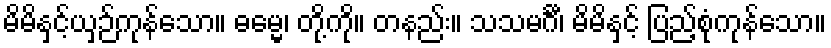
မိမိနှင့်ယှဉ်ကုန်သော။ ဓမ္မေ၊ တို့ကို။ တနည်း။ သသမင်္ဂီ၊ မိမိနှင့် ပြည့်စုံကုန်သော။